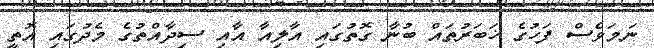
ނަމަވެސް ފަހުގެ ޚަބަރުތައް ބުނާ ގޮތުގައި އާލިއާ އާއި ސިދާއްތުގެ މެދުގައި އޮތީ